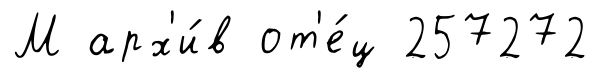
М арх'и́в от'е́ц 257272